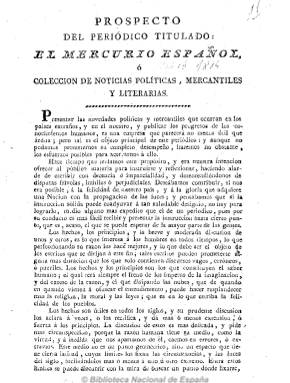
Título: Mercurio español
Colección: Revistas de información general
Ámbito geográfico: Madrid
Lugar de publicación: Madrid
Fechas: 01/01/1814-19/10/1814

Subtitulado “colección de noticias políticas, mercantiles y literarias”, es un diario madrileño que comienza  a publicarse el miércoles uno de junio de 1814, tras el golpe de Estado fernandino en Valencia y la derogación de la Constitución doceañista. Con la represión de la libertad de imprenta decretada por el rey el cuatro de mayo de ese año, nace este periódico marcadamente noticioso y divulgativo, con el objeto de difundir “los progresos de los conocimientos humanos”, según señala su prospecto. Comienza cada número con el santoral y las observaciones meteorológicas, para a continuación incluir artículos doctrinales y de varios asuntos, como la educación pública, pero sobre todo noticias tanto de España como del extranjero, así como locales (población hospitalaria, etc.), muchas de ellas de carácter especialmente mercantil, pero también de ciencia y artes (anuncios de libros, premios literarios, etc.), también decretos y órdenes, poemas, etc. Contiene secciones como los precios de los productos alimenticios, los cambios de moneda, el movimiento de los puertos marítimos españoles y la programación teatral en la capital.

Fue fundado y dirigido por Juan Peñalver y entre sus redactores se encuentran Juan Martínez Marina y Ángel Iznardi, que fue el encargado de las traducciones de los periódicos franceses e ingleses.

Se imprime “con licencia, hasta su número 62, de 6 de agosto de 1814, por Repullés, y a partir de aquí en el establecimiento de doña Catalina Piñuela. Desde el 26 de julio deja de editarse los domingos, y a partir del número 84, de uno de septiembre, cambia de tamaño y se compone a dos columnas. Llegó a tirar 125 números, hasta el 19 de octubre de ese mismo año, en pliegos, generalmente, de ocho páginas, pero también de cuatro y doce páginas, con foliación continuada para formar sus diversos tomos.